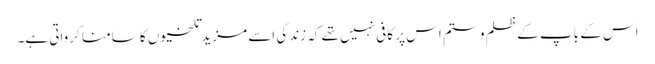
اس کے باپ کے ظلم و ستم اس پر کافی نہیں تھے کہ زندگی اسے مزید تلخیوں کا سامنا کرواتی ہے۔